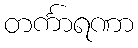
တင်္ကာရဏာ